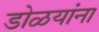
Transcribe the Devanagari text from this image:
डोळयांना